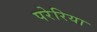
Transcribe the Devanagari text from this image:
परेरिया